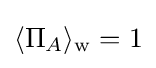
\langle \Pi _{A}\rangle _{\rm {w}}=1